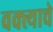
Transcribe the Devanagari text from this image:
वक्त्याचे